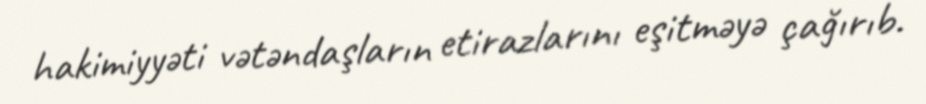
hakimiyyəti vətəndaşların etirazlarını eşitməyə çağırıb.